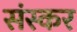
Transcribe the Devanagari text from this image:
संस्कर